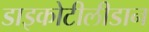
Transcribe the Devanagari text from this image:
डाइकोटीलीडान